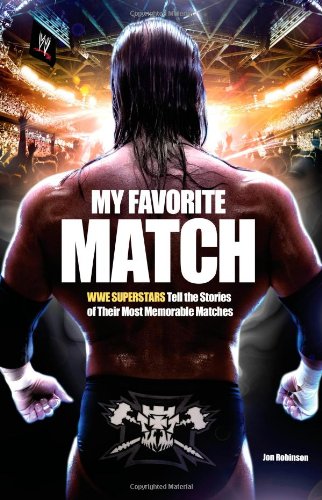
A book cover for My Favorite Match: WWE Superstars Tell the Stories of Their Most Memorable Matches; Jon Robinson; Biographies & Memoirs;